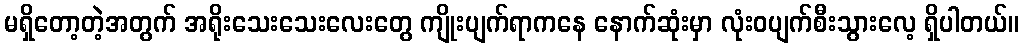
မရှိတော့တဲ့အတွက် အရိုးသေးသေးလေးတွေ ကျိုးပျက်ရာကနေ နောက်ဆုံးမှာ လုံးဝပျက်စီးသွားလေ့ ရှိပါတယ်။